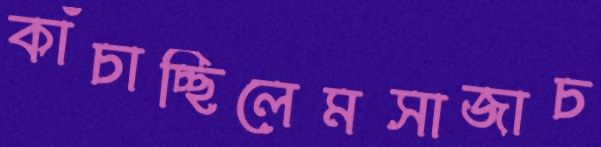
কাঁচাচ্ছিলেমসাজাচ